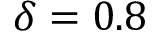
\delta = 0 . 8